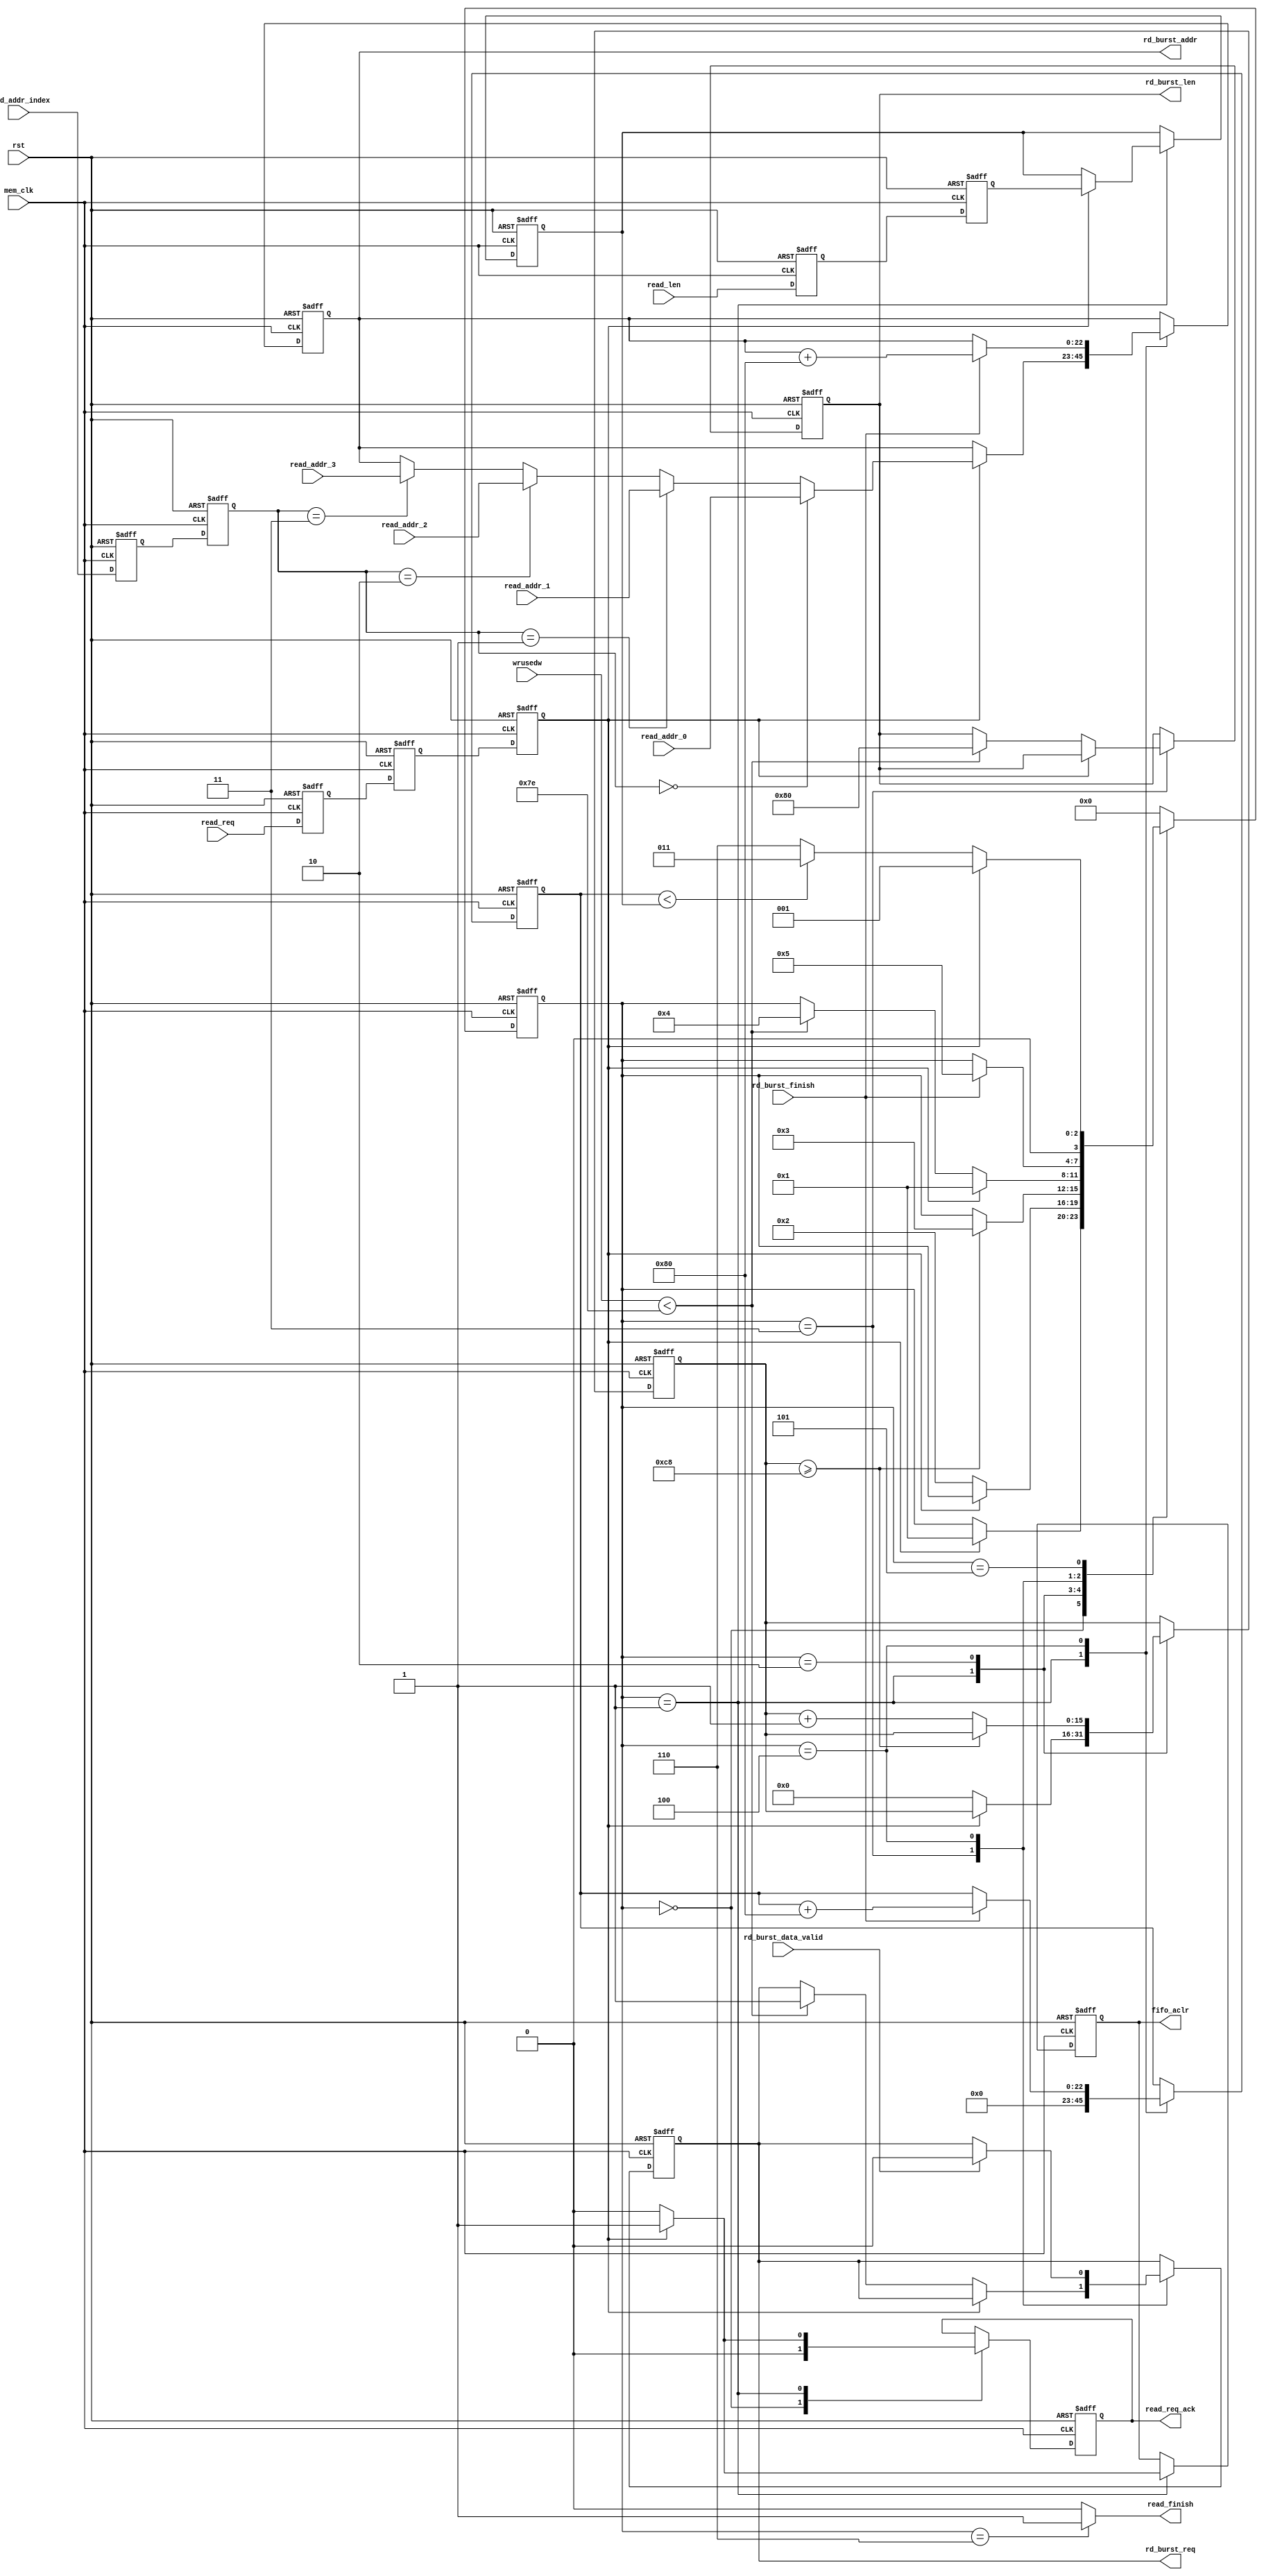


`timescale 1ns/1ps
module frame_fifo_read
#
(
	parameter MEM_DATA_BITS          = 32,
	parameter ADDR_BITS              = 23,
	parameter BUSRT_BITS             = 10,
	parameter FIFO_DEPTH             = 256,
	parameter BURST_SIZE             = 128
)               
(
	input                            rst,                  
	input                            mem_clk,                   
	output reg                       rd_burst_req,              
	output reg[BUSRT_BITS - 1:0]     rd_burst_len,              
	output reg[ADDR_BITS - 1:0]      rd_burst_addr,             
	input                            rd_burst_data_valid,       
	input                            rd_burst_finish,           
	input                            read_req,                  
	output reg                       read_req_ack,              
	 output                           read_finish,              
	input[ADDR_BITS - 1:0]           read_addr_0,               
	input[ADDR_BITS - 1:0]           read_addr_1,               
	input[ADDR_BITS - 1:0]           read_addr_2,               
	input[ADDR_BITS - 1:0]           read_addr_3,               
	input[1:0]                       read_addr_index,           
	input[ADDR_BITS - 1:0]           read_len,                  
	output reg                       fifo_aclr,                 
	input[15:0]                      wrusedw                    
); 
localparam ONE                       = 256'd1;                  
localparam ZERO                      = 256'd0;                  
//read state machine code
localparam S_IDLE                    = 0;                       
localparam S_ACK                     = 1;                       
localparam S_WAIT                    = 2;
localparam S_CHECK_FIFO              = 3;                       
localparam S_READ_BURST              = 4;                       
localparam S_READ_BURST_END          = 5;                       
localparam S_END                     = 6;                       

reg                                  read_req_d0;               
reg                                  read_req_d1;               
reg                                  read_req_d2;               
reg[ADDR_BITS - 1:0]                 read_len_d0;               
reg[ADDR_BITS - 1:0]                 read_len_d1;               
reg[ADDR_BITS - 1:0]                 read_len_latch;            
reg[ADDR_BITS - 1:0]                 read_cnt;                  
reg[3:0]                             state;                     
reg[1:0]                             read_addr_index_d0;        
reg[1:0]                             read_addr_index_d1;        
reg[15:0]                            wait_cnt;
assign read_finish = (state == S_END) ? 1'b1 : 1'b0;            
always@(posedge mem_clk or posedge rst)
begin
	if(rst == 1'b1)
	begin
		read_req_d0    <=  1'b0;
		read_req_d1    <=  1'b0;
		read_req_d2    <=  1'b0;
		read_len_d0    <=  ZERO[ADDR_BITS - 1:0];               
		read_len_d1    <=  ZERO[ADDR_BITS - 1:0];               
		read_addr_index_d0 <= 2'b00;
		read_addr_index_d1 <= 2'b00;
	end
	else
	begin
		read_req_d0    <=  read_req;
		read_req_d1    <=  read_req_d0;
		read_req_d2    <=  read_req_d1;     
		read_len_d0    <=  read_len;
		read_len_d1    <=  read_len_d0; 
		read_addr_index_d0 <= read_addr_index;
		read_addr_index_d1 <= read_addr_index_d0;
	end 
end


always@(posedge mem_clk or posedge rst)
begin
	if(rst == 1'b1)
	begin
		state <= S_IDLE;
		read_len_latch <= ZERO[ADDR_BITS - 1:0];
		rd_burst_addr <= ZERO[ADDR_BITS - 1:0];
		rd_burst_req <= 1'b0;
		read_cnt <= ZERO[ADDR_BITS - 1:0];
		fifo_aclr <= 1'b0;
		rd_burst_len <= ZERO[BUSRT_BITS - 1:0];
		read_req_ack <= 1'b0;
		wait_cnt <= 16'd0;
	end
	else
		case(state)
			
			S_IDLE:
			begin
				if(read_req_d2 == 1'b1)
				begin
					state <= S_ACK;
				end
				read_req_ack <= 1'b0;
			end
		
			S_ACK:
			begin
				if(read_req_d2 == 1'b0)
				begin
					state <= S_WAIT;
					wait_cnt <= 16'd0;
					fifo_aclr <= 1'b0;
					read_req_ack <= 1'b0;
				end
				else
				begin
					
					read_req_ack <= 1'b1;
				
					fifo_aclr <= 1'b1;
					
					if(read_addr_index_d1 == 2'd0)
						rd_burst_addr <= read_addr_0;
					else if(read_addr_index_d1 == 2'd1)
						rd_burst_addr <= read_addr_1;
					else if(read_addr_index_d1 == 2'd2)
						rd_burst_addr <= read_addr_2;
					else if(read_addr_index_d1 == 2'd3)
						rd_burst_addr <= read_addr_3;
				
					read_len_latch <= read_len_d1;
				end
			
				read_cnt <= ZERO[ADDR_BITS - 1:0];
			end
			S_WAIT:
			begin
				if(wait_cnt >= 16'd200)
				begin
					state <= S_CHECK_FIFO;
				end
				else
				begin
					wait_cnt <= wait_cnt + 16'd1;
				end
			end
			S_CHECK_FIFO:
			begin
				
				if(read_req_d2 == 1'b1)
				begin
					state <= S_ACK;
				end
				
				else if(wrusedw < (FIFO_DEPTH - BURST_SIZE - 2))
				begin
					state <= S_READ_BURST;
					rd_burst_len <= BURST_SIZE[BUSRT_BITS - 1:0];
					rd_burst_req <= 1'b1;
				end
			end
			
			S_READ_BURST:
			begin
				if(rd_burst_data_valid)
					rd_burst_req <= 1'b0;
 
				if(rd_burst_finish == 1'b1)
				begin
					state <= S_READ_BURST_END;
					
					read_cnt <= read_cnt + BURST_SIZE[ADDR_BITS - 1:0];
					
					rd_burst_addr <= rd_burst_addr + BURST_SIZE[ADDR_BITS - 1:0];
				end     
			end
			S_READ_BURST_END:
			begin
				
				if(read_req_d2 == 1'b1)
				begin
					state <= S_ACK;
				end
			
				else if(read_cnt < read_len_latch)
				begin
					state <= S_CHECK_FIFO;
				end
				else
				begin
					state <= S_END;
				end
			end
			S_END:
			begin
				state <= S_IDLE;
			end
			default:
				state <= S_IDLE;
		endcase
end
endmodule